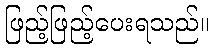
ဖြည့်ဖြည့်ပေးရသည်။